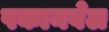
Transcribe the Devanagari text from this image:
पकानवेल